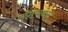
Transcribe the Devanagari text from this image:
उपासनेने